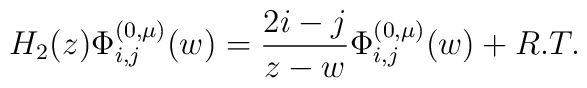
H_{2}(z) \Phi_{i,j}^{(0 , \mu)}(w) = \frac{2i - j}{z - w}\Phi_{i,j}^{(0 ,\mu)}(w) + R.T.